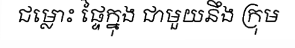
ជម្លោះ ផ្ទៃក្នុង ជាមួយនឹង ក្រុម